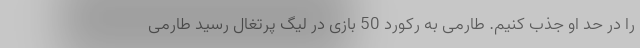
را در حد او جذب کنیم. طارمی به رکورد 50 بازی در لیگ پرتغال رسید طارمی